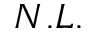
N . L .